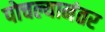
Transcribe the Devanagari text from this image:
पोचल्यानंतर